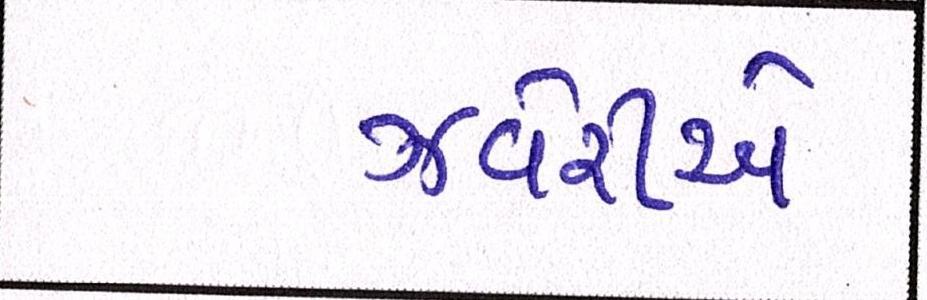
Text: ઝવેરીએ